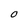
Character: O